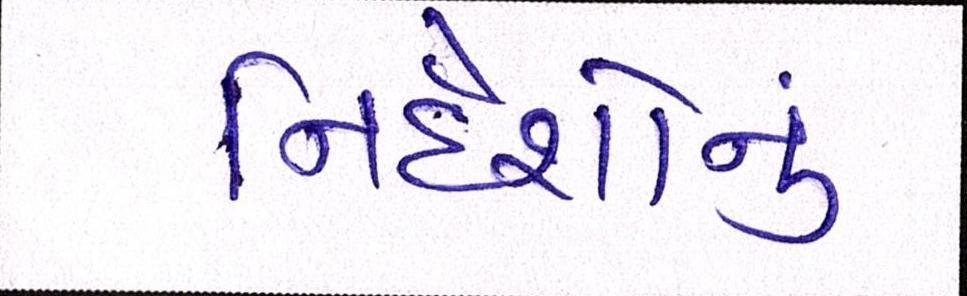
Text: નિર્દેશોનું